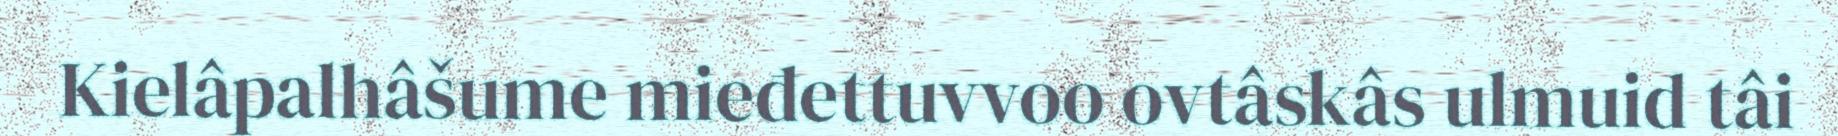
Kielâpalhâšume mieđettuvvoo ovtâskâs ulmuid tâi